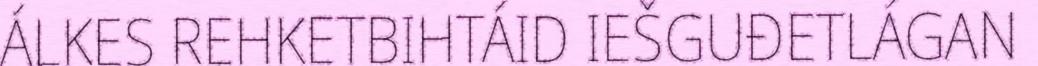
ÁLKES REHKETBIHTÁID IEŠGUĐETLÁGAN